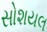
સોશયલ